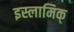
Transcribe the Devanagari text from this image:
इस्लामिक्